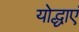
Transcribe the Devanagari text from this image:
योद्धाएं